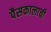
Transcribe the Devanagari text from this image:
पैसकालाची